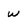
Character: w